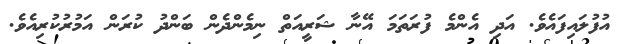
އުފުލައިފައެވެ. އަދި އެންމެ ފުރަތަމަ އޭނާ ޝަރީއަތް ނިމެންދެން ބަންދު ކުރަން އަމުރުކުރިއެވެ.